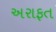
અરાફત